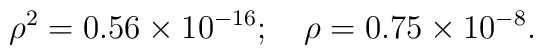
\rho ^2 = 0.56\times 10^{-16};\quad\rho = 0.75\times 10^{-8} .